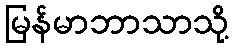
မြန်မာဘာသာသို့